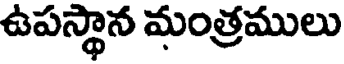
ఉపస్థాన మంత్రములు